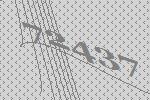
72437